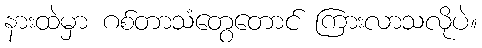
နားထဲမှာ ဂစ်တာသံတွေတောင် ကြားလာသလိုပဲ။